Insane asylums in Bengal annual reports 1867-1875 - 1867-1875
Year: 1867
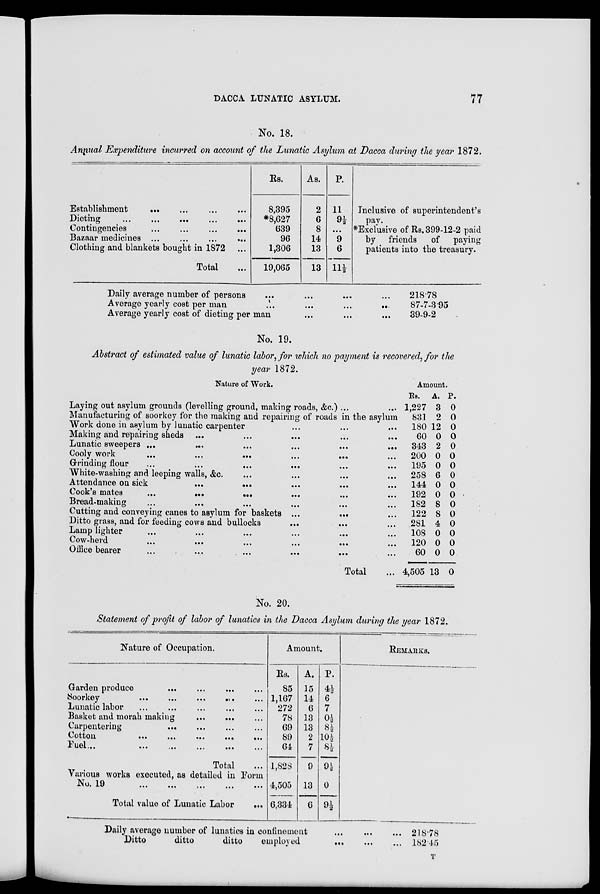
DACCA LUNATIC ASYLUM.
77
No. 18.
Annual Expenditure incurred on account of the Lunatic Asylum at Dacca during the year 1872.
Establishment
... ... ... ...
Dieting
...
...
...
...
...
Contingencies ... ... ... ...
Bazaar medicines ... ... ... ...
Clothing and blankets bought in 1872 ...
Total ...
Rs.
8,395
*8,627
639
96
1,306
19,065
As.
2
6
8
14
13
13
P.
11
9½
...
9
6
11*
Inclusive of superintendent's
pay.
* Exclusive of Rs. 399-12-2 paid
by friends
of paying
patients into the treasury.
Daily average number of persons ... ... ... ...
Average yearly cost per man
...
...
...
...
Average yearly cost of dieting per man ... ... ...
218.78
87-7-3.95
39-9-2
No. 19.
Abstract of estimated value of lunatic labor, for which no payment is recovered, for the
year 1872.
Nature of Work.
Laying out asylum grounds (levelling ground, making roads, &c.) ... ...
Manufacturing of soorkey for the making and repairing of roads in the asylum
Work done in asylum by lunatic carpenter ... ... ...
Making and repairing sheds ...
...
...
...
...
Lunatic sweepers ...
...
...
...
...
...
Cooly work ... ... ... ... ... ...
Grinding flour ... ... ... ... ... ...
White-washing and leeping walls, &c. ... ... ... ...
Attendance on sick
...
... ... ... ...
Cook's mates
...
...
... ... ... ...
Bread-making ... ... ... ... ... ...
Cutting and conveying canes to asylum for baskets ...
...
...
Ditto grass, and for feeding cows and bullocks
...
... ...
Lamplighter ... ... ... ... ... ...
Cow-herd ... ... ... ... ... ...
Office bearer ... ... ... ... ... ...
Total ...
Amount.
Rs.
1,227
831
180
60
343
200
195
258
144
192
182
122
281
108
120
60
4,505
A.
3
2
12
0
2
0
0
6
0
0
8
8
4
0
0
0
13
P.
0
0
0
0
0
0
0
0
0
0
0
0
0
0
0
0
0
No. 20.
Statement of profit of labor of lunatics in the Dacca Asylum during the year 1872.
Nature of Occupation.
Garden produce
...
...
...
...
Soorkey
...
...
...
...
Lunatic labor ... ... ... ... ...
Basket and morah making ... ... ...
Carpentering ... ... ... ...
Cotton
...
...
...
...
...
Fuel
...
...
...
...
...
Total ...
Various works executed, as detailed in Form
No. 19
...
...
...
...
...
Total value of Lunatic Labor
...
Amount.
Rs.
85
1,167
272
78
69
89
64
1,828
4,505
6,334
A.
15
14
6
13
13
2
7
9
13
6
P.
4½
6
7
0½
8½
10½
8½
9½
0
9½
REMARKS.
Daily average number of lunatics in confinement ... ... ...
Ditto
ditto
ditto
employed
... ... ...
218.78
182.45
T